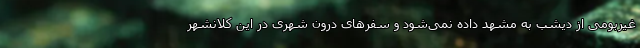
غیربومی از دیشب به مشهد داده نمی‌شود و سفرهای درون شهری در این کلانشهر